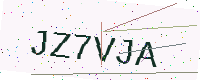
Text: JZ7VJA